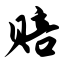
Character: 赔